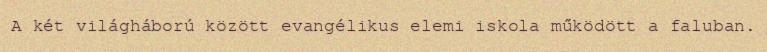
A két világháború között evangélikus elemi iskola működött a faluban.